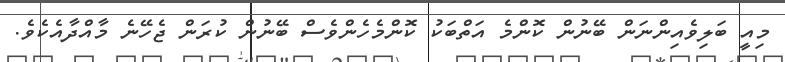
މިއީ ބަލިވެއިންނަން ބޭނުން ކޮންމެ އަތްބަކު ކޮންމެހެންވެސް ބޭނުން ކުރަން ޖެހޭނެ މާއްދާއެކެވެ.